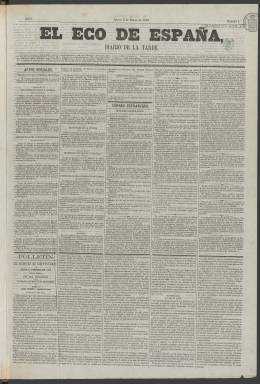
Título: El Eco de España (Madrid. 1863)
Colección: Periódicos
Ámbito geográfico: Madrid
Lugar de publicación: Madrid
Fechas: 05/03/1863-16/05/1863